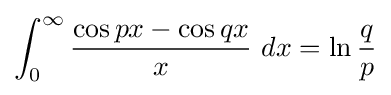
\int _{0}^{\infty }{\frac {\cos px-\cos qx}{x}}\ dx=\ln {\frac {q}{p}}